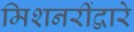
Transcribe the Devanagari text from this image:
मिशनरींद्वारे